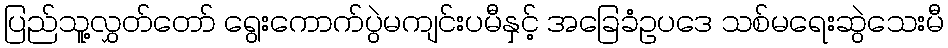
ပြည်သူ့လွှတ်တော် ရွေးကောက်ပွဲမကျင်းပမီနှင့် အခြေခံဥပဒေ သစ်မရေးဆွဲသေးမီ